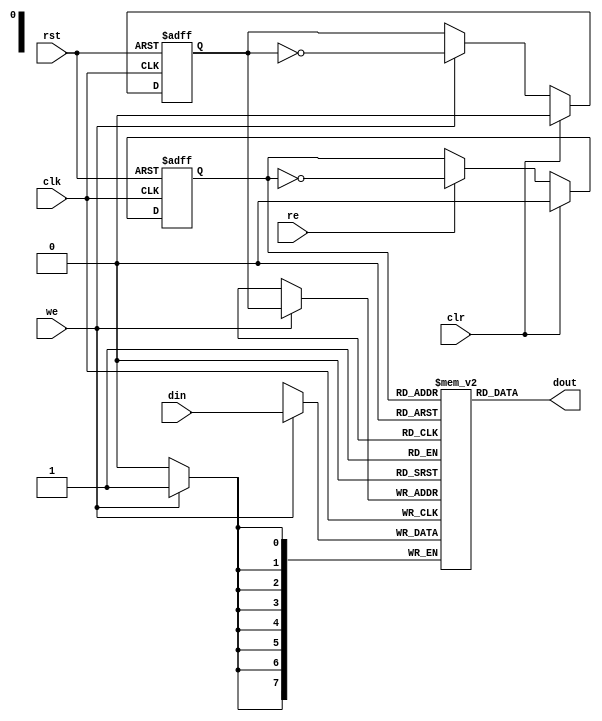
module usb1_fifo2(clk, rst, clr,  din, we, dout, re);

input		clk, rst;
input		clr;
input   [7:0]	din;
input		we;
output  [7:0]	dout;
input		re;


////////////////////////////////////////////////////////////////////
//
// Local Wires
//

reg     [7:0]	mem[0:1];
reg		wp;
reg		rp;

////////////////////////////////////////////////////////////////////
//
// Misc Logic
//

always @(posedge clk or negedge rst)
        if(!rst)	wp <= #1 1'h0;
        else
        if(clr)		wp <= #1 1'h0;
        else
        if(we)		wp <= #1 ~wp;

always @(posedge clk or negedge rst)
        if(!rst)	rp <= #1 1'h0;
        else
        if(clr)		rp <= #1 1'h0;
        else
        if(re)		rp <= #1 ~rp;

// Fifo Output
assign  dout = mem[ rp ];

// Fifo Input 
always @(posedge clk)
        if(we)     mem[ wp ] <= #1 din;

endmodule